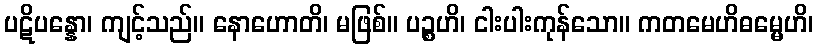
ပဋိပန္နော၊ ကျင့်သည်။ နောဟောတိ၊ မဖြစ်။ ပဉ္စဟိ၊ ငါးပါးကုန်သော။ ကတမေဟိဓမ္မေဟိ၊